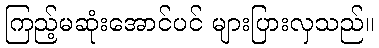
ကြည့်မဆုံးအောင်ပင် များပြားလှသည်။